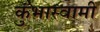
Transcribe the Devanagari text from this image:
कुंभास्वामी